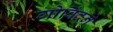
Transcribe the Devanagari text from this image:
गोविंदने